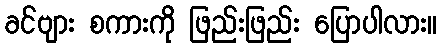
ခင်ဗျား စကားကို ဖြည်းဖြည်း ပြောပါလား။